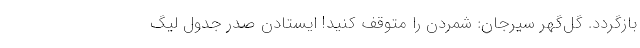
بازگردد. گل‌گهر سیرجان: شمردن را متوقف کنید! ایستادن صدر جدول لیگ